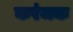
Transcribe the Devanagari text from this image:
करंजक